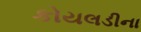
કોયલડીના